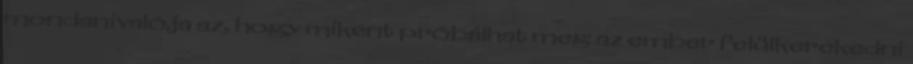
mondanivalója az, hogy miként próbálhat meg az ember felülkerekedni